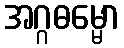
အဂ္ဂဓမ္မော